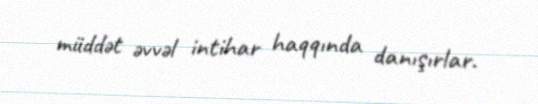
müddət əvvəl intihar haqqında danışırlar.